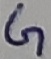
Text: G